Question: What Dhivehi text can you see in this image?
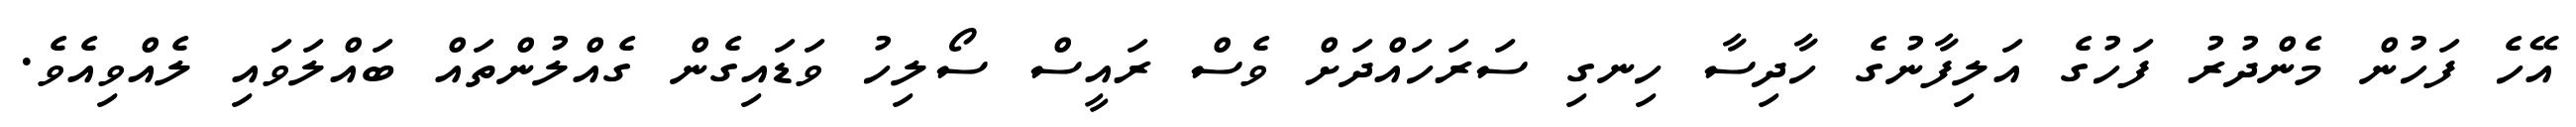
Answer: އޭހެ ފަހުން މެންދުރު ފަހުގެ އަލިފާނުގެ ހާދިސާ ހިނގި ސަރަހައްދަށް ވެސް ރައީސް ސޯލިހު ވަޑައިގެން ގެއްލުންތައް ބައްލަވައި ލެއްވިއެވެ.